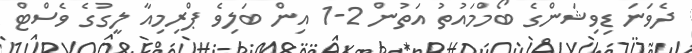
ދެވަނަ ޑިވިޝަންގެ ބޯމްމައުތު އަތުން 2-1 އިން ބަލިވެ ޕްރިމިއާ ލީގުގެ ވެސްޓް